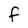
Character: f